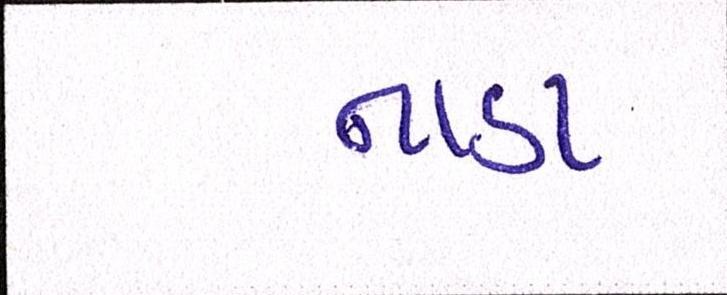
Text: નાડા